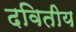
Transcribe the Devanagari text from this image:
दवितीय